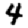
Digit: 4